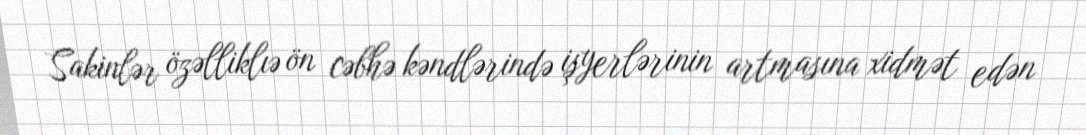
Sakinlər özəlliklıə ön cəbhə kəndlərində işyerlərinin artmasına xidmət edən